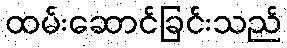
ထမ်းဆောင်ခြင်းသည်